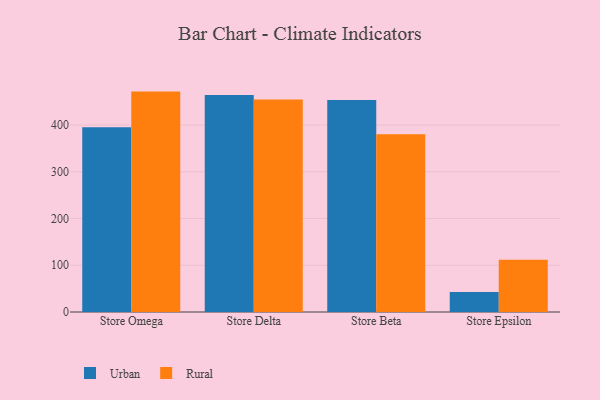
{"axis": {"x": "Store", "y": "Temperature (°C)"}, "legend": ["Rural", "Urban"], "data": [{"x": "Store Omega", "y": 395.3, "type": "Urban"}, {"x": "Store Omega", "y": 471.4, "type": "Rural"}, {"x": "Store Delta", "y": 464.1, "type": "Urban"}, {"x": "Store Delta", "y": 454.6, "type": "Rural"}, {"x": "Store Beta", "y": 453.6, "type": "Urban"}, {"x": "Store Beta", "y": 380.3, "type": "Rural"}, {"x": "Store Epsilon", "y": 42.7, "type": "Urban"}, {"x": "Store Epsilon", "y": 112.0, "type": "Rural"}]}